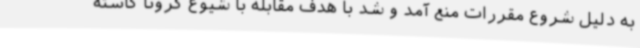
به دلیل شروع مقررات منع آمد و شد با هدف مقابله با شیوع کرونا کاسته